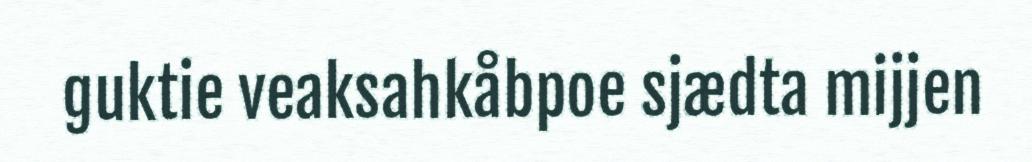
guktie veaksahkåbpoe sjædta mijjen